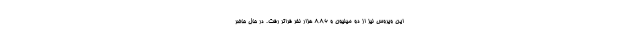
این ویروس نیز از دو میلیون و ۸۸۶ هزار نفر فراتر رفت. در حال حاضر